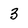
Character: 3